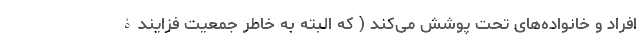
افراد و خانواده‌های تحت پوشش می‌کند ( که البته به خاطر جمعیت فزایندۀ